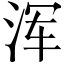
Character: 浑